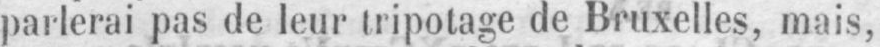
parlerai pas de leur tripotage de Bruxelles, mais,